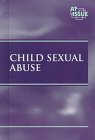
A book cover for At Issue Series - Child Sexual Abuse (hardcover edition); Teen & Young Adult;